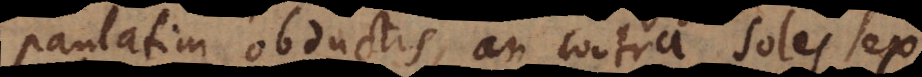
paulatim obductis, an contra soles ex